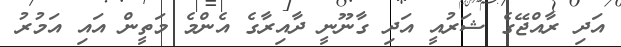
އަދި ރާއްޖޭގެ ޝަރުއީ އަދި ގާނޫނީ ދާއިރާގެ އެންމެ މަތީން އައި އަމުރު